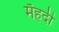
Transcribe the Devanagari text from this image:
मेँहदी